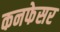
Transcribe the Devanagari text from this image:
कनफेसर